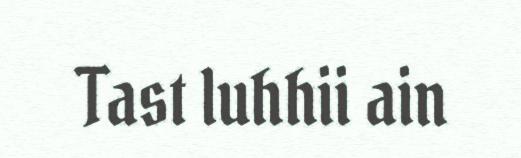
Tast luhhii ain